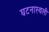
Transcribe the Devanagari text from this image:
घटनास्थली